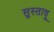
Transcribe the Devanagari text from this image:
सुस्तावू